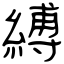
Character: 縛